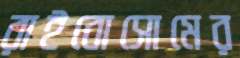
রাইবোসোমের